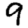
Digit: 9